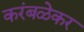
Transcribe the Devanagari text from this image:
करंबळेकर